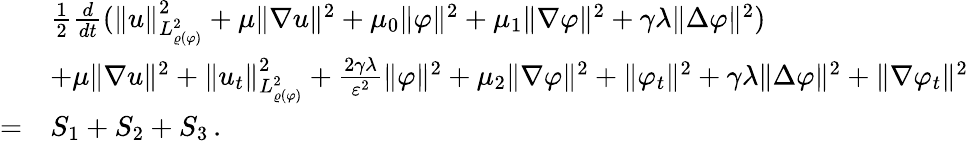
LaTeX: \begin{array}{rl}&{\frac{1}{2}\frac{d}{dt}(\| u\| _{L_{\varrho(\varphi)}^{2}}^{2}+\mu\| \nabla u\| ^{2}+\mu_{0}\| \varphi\| ^{2}+\mu_{1}\| \nabla\varphi\| ^{2}+\gamma\lambda\| \Delta\varphi\| ^{2})}\\ &{+\mu\| \nabla u\| ^{2}+\| u_{t}\| _{L_{\varrho(\varphi)}^{2}}^{2}+\frac{2\gamma\lambda}{\varepsilon^{2}}\| \varphi\| ^{2}+\mu_{2}\| \nabla\varphi\| ^{2}+\| \varphi_{t}\| ^{2}+\gamma\lambda\| \Delta\varphi\| ^{2}+\| \nabla\varphi_{t}\| ^{2}}\\ {=}&{S_{1}+S_{2}+S_{3}\, .}\end{array}